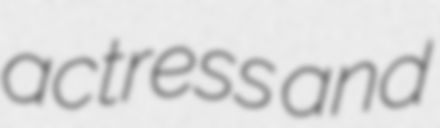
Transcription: actress and